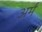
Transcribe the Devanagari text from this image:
अर्म